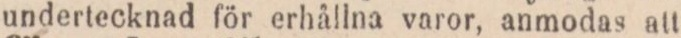
undertecknad för erhållna varor, anmodas att